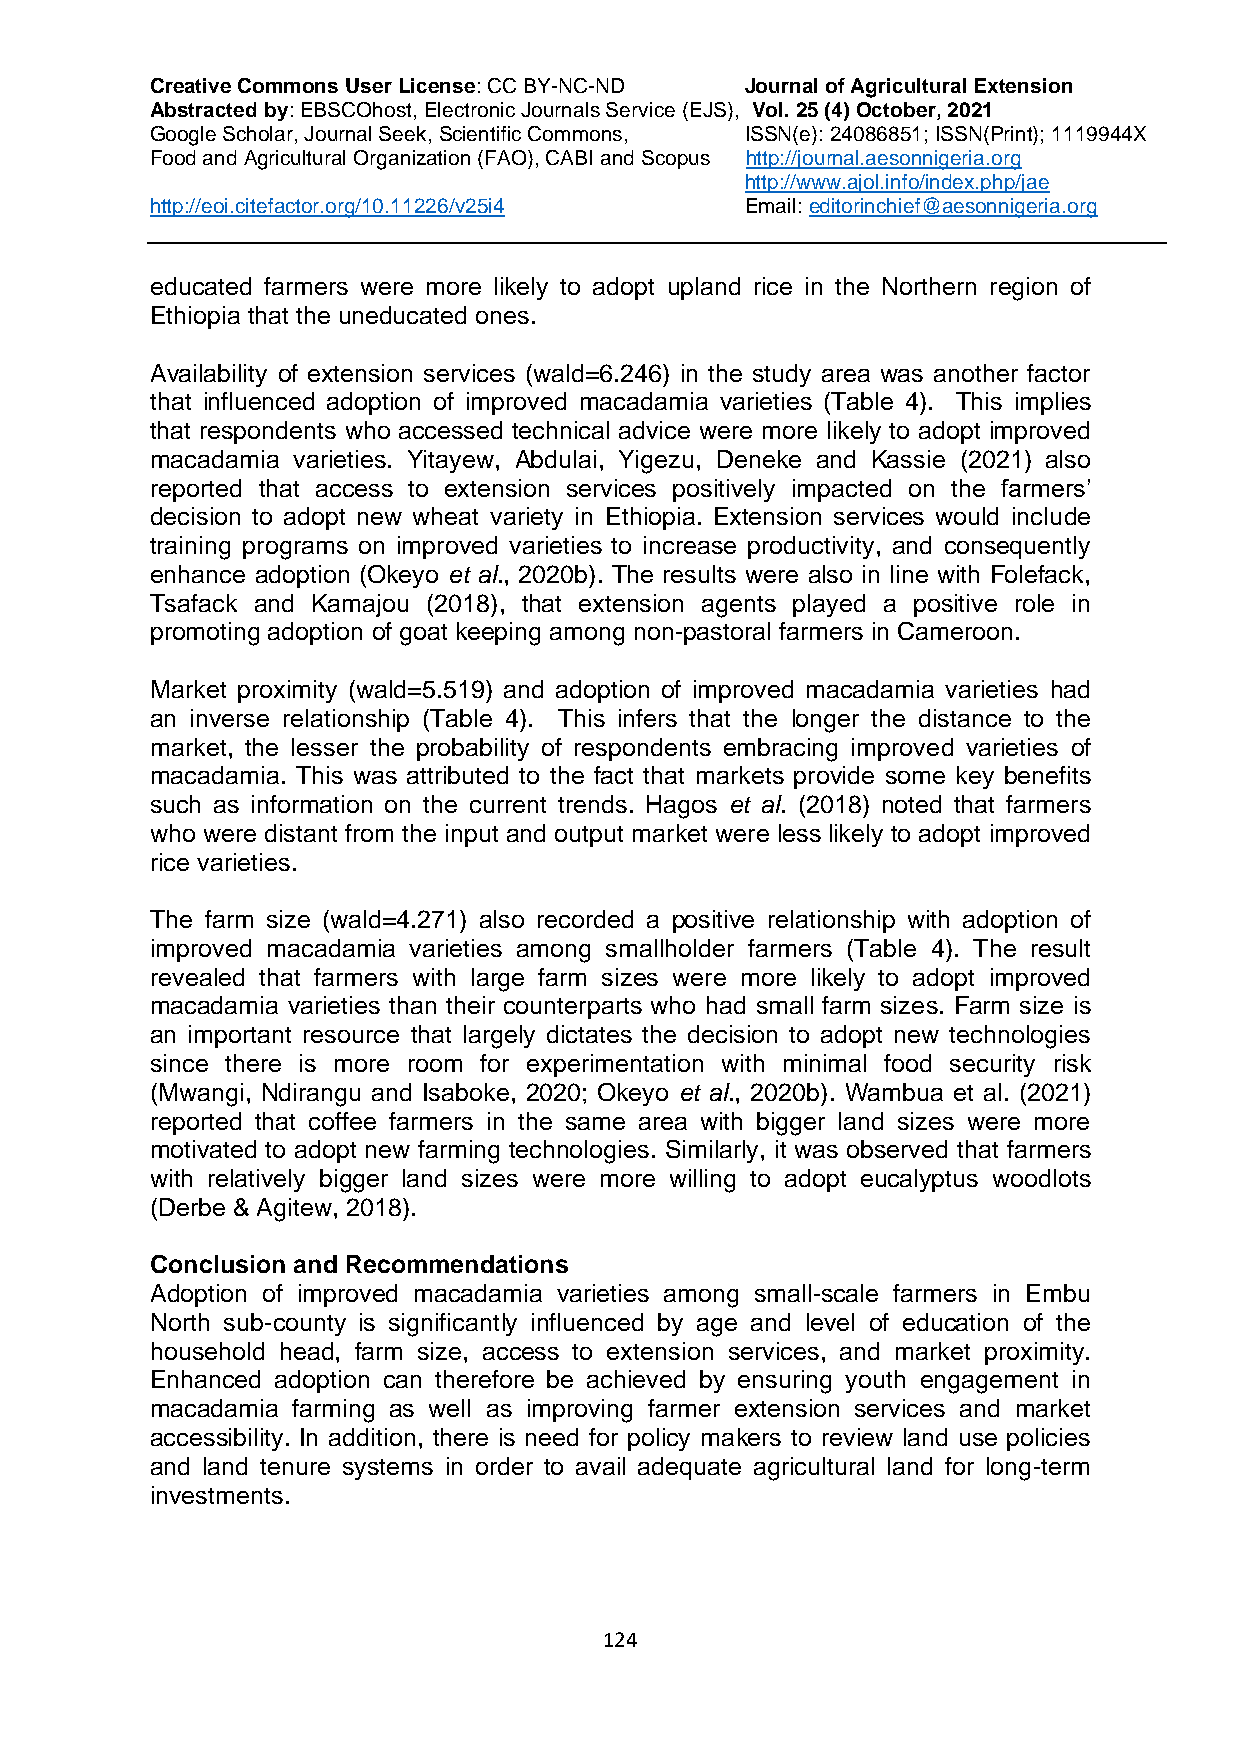
Creative Commons User License: CC BY-NC-ND Journal of Agricultural Extension
 Abstracted by: EBSCOhost, Electronic Journals Service (EJS), Vol. 25 (4) October, 2021
 Google Scholar, Journal Seek, Scientific Commons, ISSN(e): 24086851; ISSN(Print); 1119944X
 Food and Agricultural Organization (FAO), CABI and Scopus http://journal.aesonnigeria.org
 http://www.ajol.info/index.php/jae
 http://eoi.citefactor.org/10.11226/v25i4 Email: editorinchief@aesonnigeria.org
 educated farmers were more likely to adopt upland rice in the Northern region of
 Ethiopia that the uneducated ones.
 Availability of extension services (wald=6.246) in the study area was another factor
 that influenced adoption of improved macadamia varieties (Table 4). This implies
 that respondents who accessed technical advice were more likely to adopt improved
 macadamia varieties. Yitayew, Abdulai, Yigezu, Deneke and Kassie (2021) also
 reported that access to extension services positively impacted on the farmers’
 decision to adopt new wheat variety in Ethiopia. Extension services would include
 training programs on improved varieties to increase productivity, and consequently
 enhance adoption (Okeyo et al., 2020b). The results were also in line with Folefack,
 Tsafack and Kamajou (2018), that extension agents played a positive role in
 promoting adoption of goat keeping among non-pastoral farmers in Cameroon.
 Market proximity (wald=5.519) and adoption of improved macadamia varieties had
 an inverse relationship (Table 4). This infers that the longer the distance to the
 market, the lesser the probability of respondents embracing improved varieties of
 macadamia. This was attributed to the fact that markets provide some key benefits
 such as information on the current trends. Hagos et al. (2018) noted that farmers
 who were distant from the input and output market were less likely to adopt improved
 rice varieties.
 The farm size (wald=4.271) also recorded a positive relationship with adoption of
 improved macadamia varieties among smallholder farmers (Table 4). The result
 revealed that farmers with large farm sizes were more likely to adopt improved
 macadamia varieties than their counterparts who had small farm sizes. Farm size is
 an important resource that largely dictates the decision to adopt new technologies
 since there is more room for experimentation with minimal food security risk
 (Mwangi, Ndirangu and Isaboke, 2020; Okeyo et al., 2020b). Wambua et al. (2021)
 reported that coffee farmers in the same area with bigger land sizes were more
 motivated to adopt new farming technologies. Similarly, it was observed that farmers
 with relatively bigger land sizes were more willing to adopt eucalyptus woodlots
 (Derbe & Agitew, 2018).
 Conclusion and Recommendations
 Adoption of improved macadamia varieties among small-scale farmers in Embu
 North sub-county is significantly influenced by age and level of education of the
 household head, farm size, access to extension services, and market proximity.
 Enhanced adoption can therefore be achieved by ensuring youth engagement in
 macadamia farming as well as improving farmer extension services and market
 accessibility. In addition, there is need for policy makers to review land use policies
 and land tenure systems in order to avail adequate agricultural land for long-term
 investments.
 124